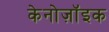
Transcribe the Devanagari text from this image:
केनोज़ॉइक